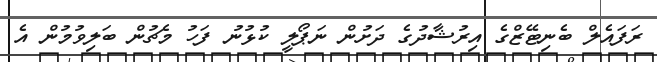
ރަފައެލް ބެނިޓޭޒްގެ އިރުޝާދުގެ ދަށުން ނަޕޯލީ ކުޅުނު ފަހު މެޗުން ބަލިވުމުން އެ